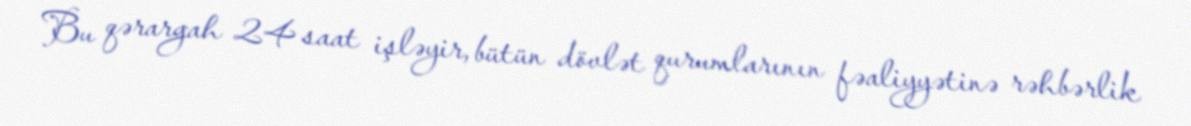
Bu qərargah 24 saat işləyir, bütün dövlət qurumlarının fəaliyyətinə rəhbərlik